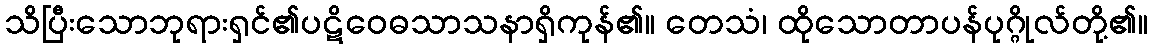
သိပြီးသောဘုရားရှင်၏ပဋိဝေဓသာသနာရှိကုန်၏။ တေသံ၊ ထိုသောတာပန်ပုဂ္ဂိုလ်တို့၏။